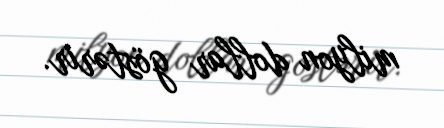
milyon dollar göstərir.